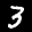
Label: 3